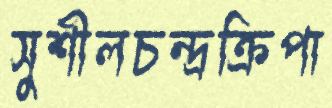
সুশীলচন্দ্রক্রিপা